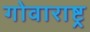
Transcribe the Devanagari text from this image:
गोवाराष्ट्र